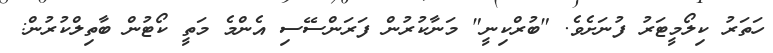
ހަތަރު ކިލޯމީޓަރު ފުނަށެވެ. "ބުރްކިނީ" މަނާކުރުން ފަރަންސޭސި އެންމެ މަތީ ކޯޓުން ބާތިލްކުރުން: